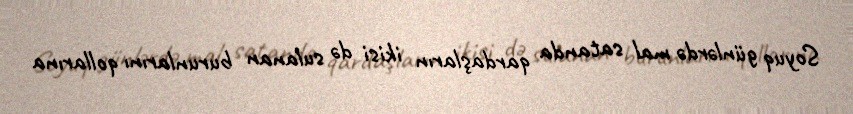
Soyuq günlərdə mal satanda qardaşların ikisi də sulanan burunlarını qollarına